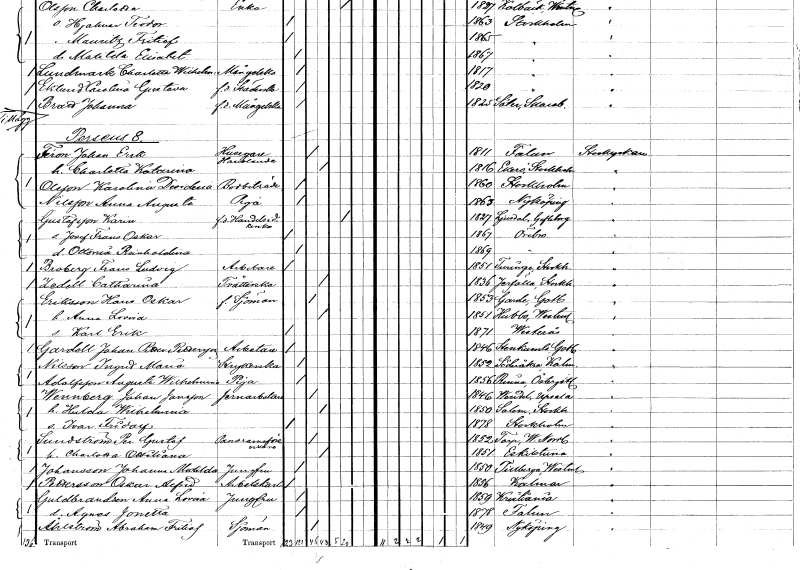
gt_parse: households: individuals: FN: Johan Erik
EN: Ferm
YRKE: Husägare Handlande
KON: M
CIV: G
FODAR: 1811
FODFORS: Falun Kopparbergs län
FN: Charlotta Katarina
KON: K
CIV: G
FODAR: 1816
FODFORS: Ekerö Stockholms län
FN: Karolina Desideria
EN: Olsson
YRKE: Bodbiträde
KON: K
CIV: O
FODAR: 1860
FODFORS: Stockholm
FN: Anna Augusta
EN: Nilsson
YRKE: Piga
KON: K
CIV: O
FODAR: 1863
FODFORS: Nyköping Södermanlands län
FN: Karin
EN: Gustafsson
YRKE: Handelsidkerska f.d.
KON: K
CIV: E
FODAR: 1827
FODFORS: Ljusdal Gävleborgs län
FN: Josef Frans Oskar
KON: M
CIV: O
FODAR: 1867
FODFORS: Örebro Örebro län
FN: Ottonia Reinholdina
KON: K
CIV: O
FODAR: 1869
FODFORS: Örebro Örebro län
FN: Frans Ludvig
EN: Broberg
YRKE: Arbetare
KON: M
CIV: O
FODAR: 1851
FODFORS: Turinge Stockholms län
FN: Catharina
EN: Zedell
YRKE: Tvätterska
KON: K
CIV: O
FODAR: 1836
FODFORS: Järfälla Stockholms län
FN: Hans Oskar
EN: Eriksson
YRKE: Sjöman f.
KON: M
CIV: G
FODAR: 1853
FODFORS: Garde Gotlands län
FN: Anna Lovisa
KON: K
CIV: G
FODAR: 1851
FODFORS: Hubbo Västmanlands län
FN: Karl Erik
KON: M
CIV: O
FODAR: 1871
FODFORS: Västerås Västmanlands län
FN: Johan Petter
EN: Gardell Pettersson
YRKE: Arbetare
KON: M
CIV: O
FODAR: 1846
FODFORS: Stenkumla Gotlands län
FN: Ingrid Maria
EN: Nilsson
YRKE: Strykerska
KON: K
CIV: O
FODAR: 1852
FODFORS: Söderåkra Kalmar län
FN: August Wilhelm
EN: Adolfsson
YRKE: Piga
KON: K
CIV: O
FODAR: 1856
FODFORS: Rinna Östergötlands län
FN: Johan
EN: Wennberg Jansson
YRKE: Järnhandlare
KON: M
CIV: G
FODAR: 1846
FODFORS: Vendel Uppsala län
FN: Hulda Wilhelmina
KON: K
CIV: G
FODAR: 1850
FODFORS: Salem Stockholms län
FN: Ivar Fridolf
KON: M
CIV: O
FODAR: 1878
FODFORS: Stockholm
FN: Per Gustaf
EN: Sundström
YRKE: Panoramaförevisare
KON: M
CIV: G
FODAR: 1852
FODFORS: Torp Västernorrlands län
FN: Charlotta Ottiliana
KON: K
CIV: G
FODAR: 1851
FODFORS: Eskilstuna Södermanlands län
FN: Johanna Matilda
EN: Johansson
YRKE: Jungfru
KON: K
CIV: O
FODAR: 1850
FODFORS: Tillberga Västmanlands län
FN: Oskar Alfred
EN: Pettersson
YRKE: Arbetskarl
KON: M
CIV: O
FODAR: 1856
FODFORS: Kalmar Kalmar län
FN: Anna Lovisa
EN: Guldbrandson
YRKE: Jungfru
KON: K
CIV: O
FODAR: 1859
FN: Agnes Jonetta
KON: K
CIV: O
FODAR: 1878
FODFORS: Falun Kopparbergs län
FN: Abraham Fritiof
EN: Åhlström
YRKE: Sjöman
KON: M
CIV: G
FODAR: 1849
FODFORS: Nyköping Södermanlands län